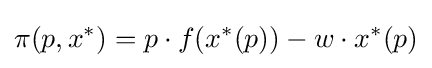
\pi (p,x^{*})=p\cdot f(x^{*}(p))-w\cdot x^{*}(p)